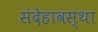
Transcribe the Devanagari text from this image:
संदेहावस्था